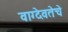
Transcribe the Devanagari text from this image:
वाग्देवतेचे